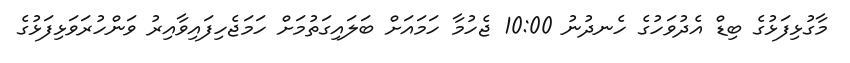
މާގުޅިފަޅުގެ ބިޑް އެދުވަހުގެ ހެނދުނު 10:00 ޖެހުމާ ހަމައަށް ބަލައިގަތުމަށް ހަމަޖެހިފައިވާއިރު ވަންހުރަވަޅިފަޅުގެ